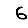
Digit: 6